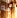
به